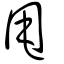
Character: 甩